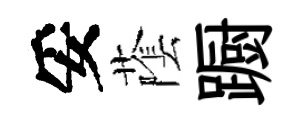
妥䕃蹰